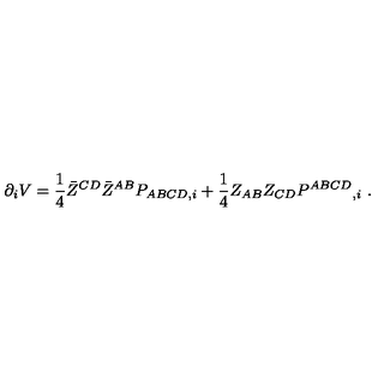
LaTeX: \partial _ { i } V = { \frac { 1 } { 4 } } \bar { Z } ^ { C D } \bar { Z } ^ { A B } P _ { A B C D , i } + { \frac { 1 } { 4 } } Z _ { A B } Z _ { C D } P ^ { A B C D } { } _ { , i } \ .